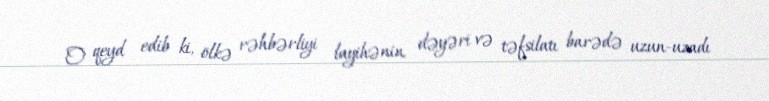
O qeyd edib ki, ölkə rəhbərliyi layihənin dəyəri və təfsilatı barədə uzun-uzadı